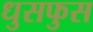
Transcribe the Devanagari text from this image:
धुसफुस